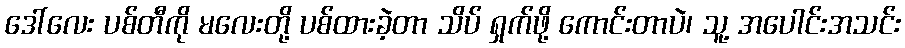
ဒေါ်လေး ပစ်တီကို မလေးတို့ ပစ်ထားခဲ့တာ သိပ် ရှက်ဖို့ ကောင်းတာပဲ၊ သူ့ အပေါင်းအသင်း